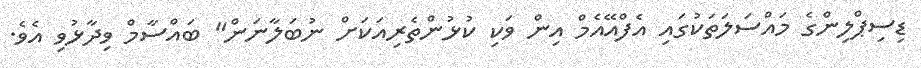
ޑިސިޕްލިންގެ މައްސަލަތަކުގައި އެފްއޭއެމް އިން ވަކި ކުޅުންތެރިއަކަށް ނުބަލާނަން" ބައްސާމް ވިދާޅުވި އެވެ.